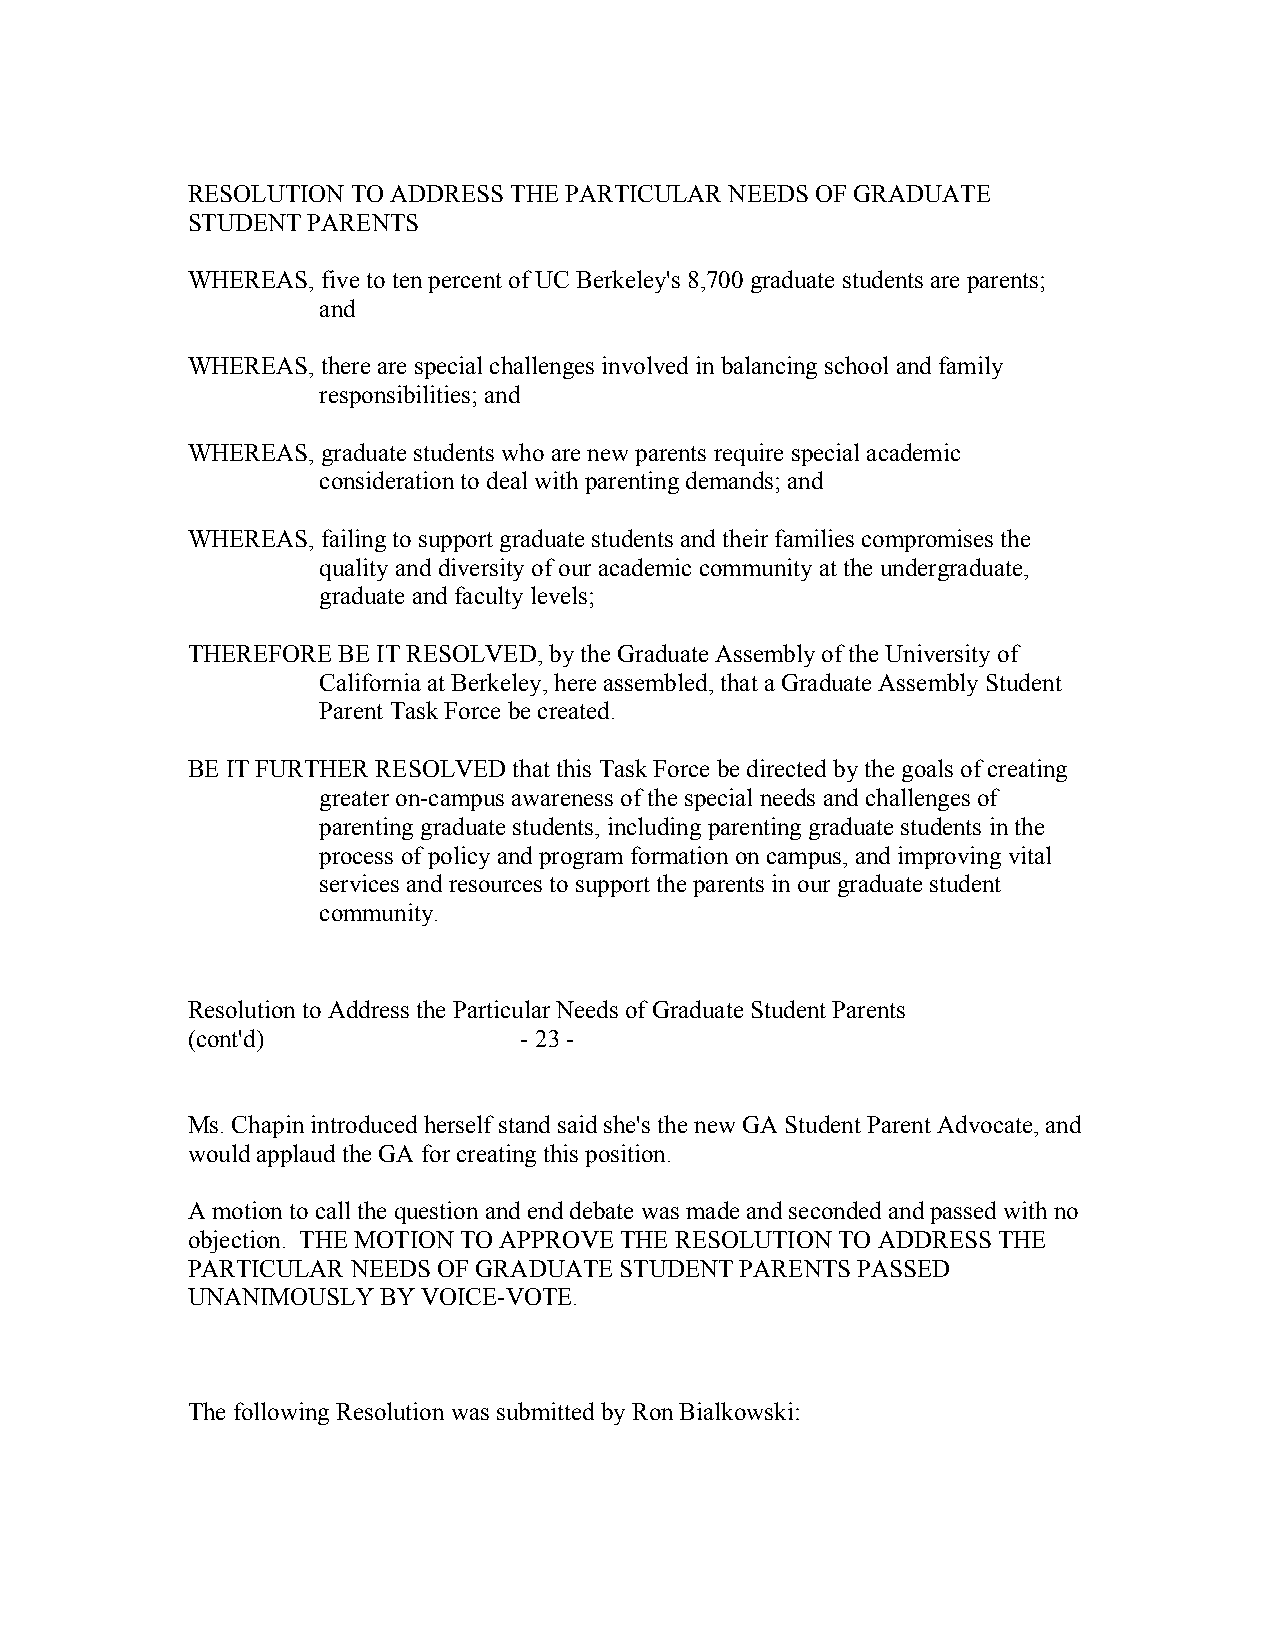
RESOLUTION TO ADDRESS THE PARTICULAR NEEDS OF GRADUATE
 STUDENT PARENTS
 WHEREAS, five to ten percent of UC Berkeley's 8,700 graduate students are parents;
 and
 WHEREAS, there are special challenges involved in balancing school and family
 responsibilities; and
 WHEREAS, graduate students who are new parents require special academic
 consideration to deal with parenting demands; and
 WHEREAS, failing to support graduate students and their families compromises the
 quality and diversity of our academic community at the undergraduate,
 graduate and faculty levels;
 THEREFORE BE IT RESOLVED, by the Graduate Assembly of the University of
 California at Berkeley, here assembled, that a Graduate Assembly Student
 Parent Task Force be created.
 BE IT FURTHER RESOLVED that this Task Force be directed by the goals of creating
 greater on-campus awareness of the special needs and challenges of
 parenting graduate students, including parenting graduate students in the
 process of policy and program formation on campus, and improving vital
 services and resources to support the parents in our graduate student
 community.
 Resolution to Address the Particular Needs of Graduate Student Parents
 (cont'd)              - 23 -
 Ms. Chapin introduced herself stand said she's the new GA Student Parent Advocate, and
 would applaud the GA for creating this position.
 A motion to call the question and end debate was made and seconded and passed with no
 objection. THE MOTION TO APPROVE THE RESOLUTION TO ADDRESS THE
 PARTICULAR NEEDS OF GRADUATE STUDENT PARENTS PASSED
 UNANIMOUSLY  BY VOICE-VOTE.
 The following Resolution was submitted by Ron Bialkowski: